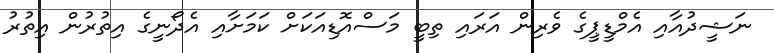
ނަޝީދުއާއި އެމްޑީޕީގެ ވެރިން އަރައި ތިބީ މަސްއޮޑިއަކަށް ކަމަށާއި އެދޯނީގެ އިތުރުން އިތުރު